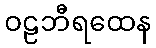
ဝဠဘီရထေန